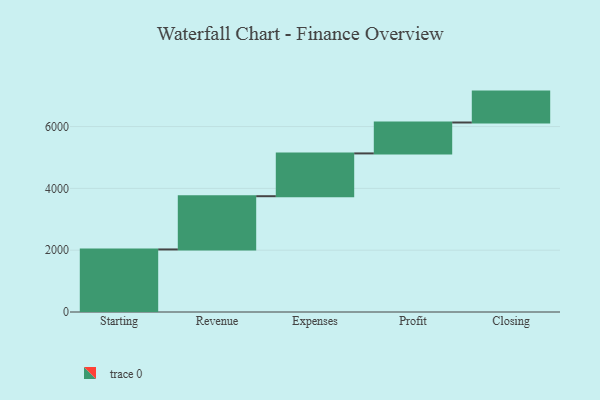
{"axis": {"x": "Step", "y": "Value"}, "legend": [""], "data": [{"x": "Starting", "y": 2024.0, "type": ""}, {"x": "Revenue", "y": 1723.0, "type": ""}, {"x": "Expenses", "y": 1385.0, "type": ""}, {"x": "Profit", "y": 1000, "type": ""}, {"x": "Closing", "y": 1000, "type": ""}]}